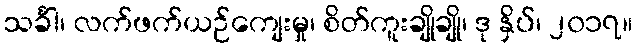
သင်္ခါ၊ လက်ဖက်ယဉ်ကျေးမှု၊ စိတ်ကူးချိုချို၊ ဒု နှိပ်၊ ၂၀၁၇။